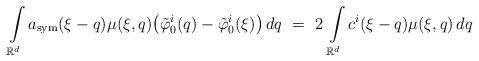
LaTeX: \begin{align*}\int\limits_{\mathbb{R}^d} a_{\rm sym} (\xi-q) \mu(\xi,q) \big( \tilde\varphi^i_{0} (q) - \tilde\varphi^i_{0} (\xi) \big) \, d q \ = \ 2 \, \int\limits_{\mathbb{R}^d} c^i(\xi-q) \mu(\xi,q) \, dq\end{align*}